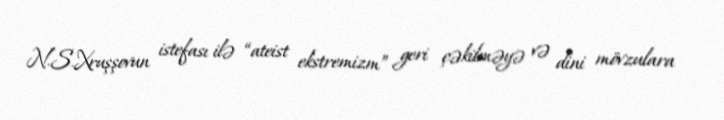
N.S.Xruşşovun istefası ilə “ateist ekstremizm” geri çəkilməyə və dini mövzulara